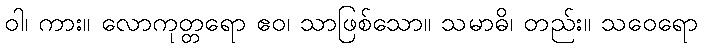
ဝါ၊ ကား။ လောကုတ္တရော ဧဝ၊ သာဖြစ်သော။ သမာဓိ၊ တည်း။ သဝေရော